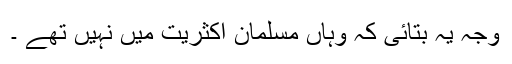
وجہ یہ بتائی کہ وہاں مسلمان اکثریت میں نہیں تھے ۔